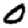
Digit: 0